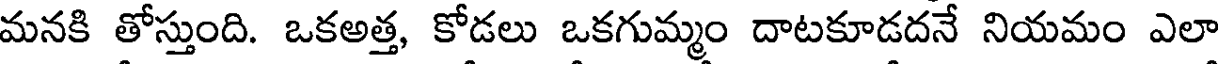
మనకి తోస్తుంది. ఒకఅత్త, కోడలు ఒకగుమ్మం దాటకూడదనే నియమం ఎలా